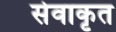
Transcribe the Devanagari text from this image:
सेवाकृत